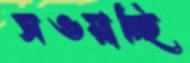
সওয়াচ্ছি